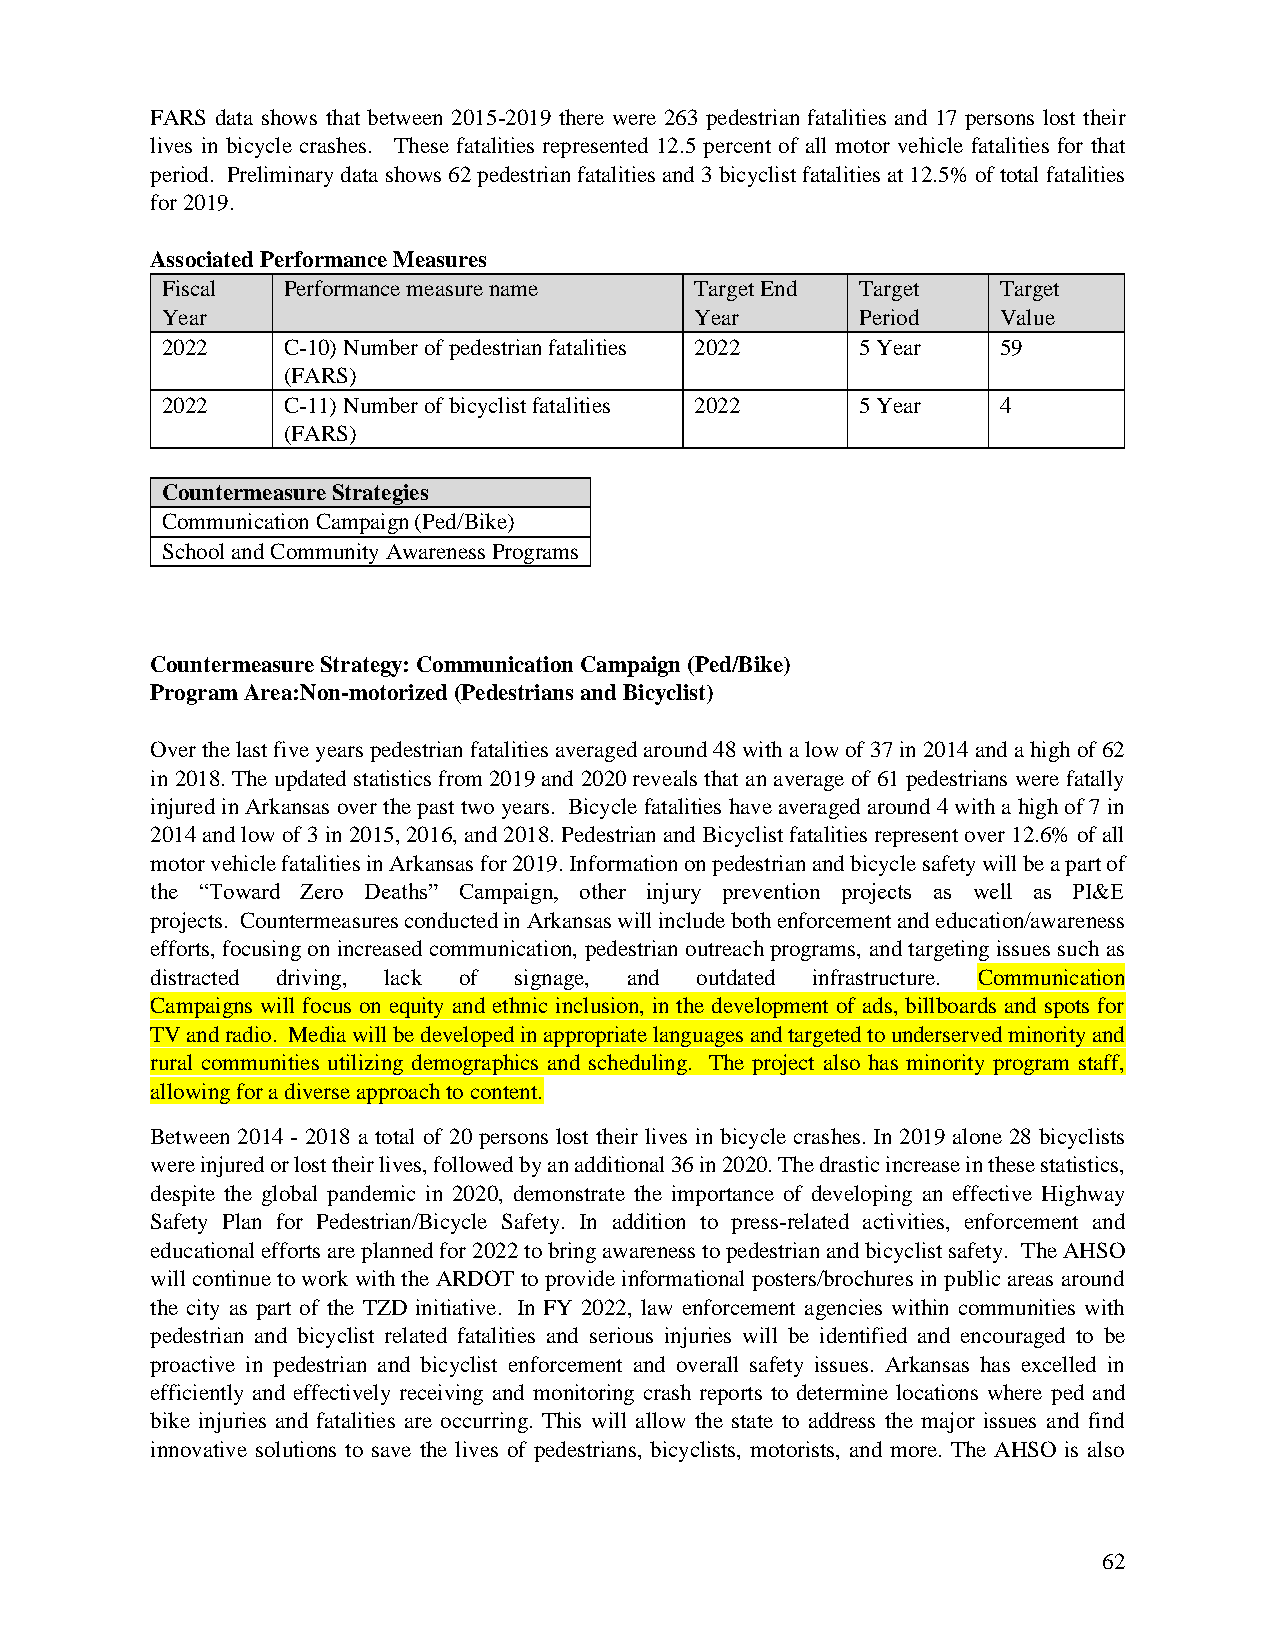
FARS data shows that between 2015-2019 there were 263 pedestrian fatalities and 17 persons lost their
 lives in bicycle crashes. These fatalities represented 12.5 percent of all motor vehicle fatalities for that
 period. Preliminary data shows 62 pedestrian fatalities and 3 bicyclist fatalities at 12.5% of total fatalities
 for 2019.
 Associated Performance Measures
 Fiscal  Performance measure name   Target End Target   Target
 Year                               Year       Period   Value
 2022    C-10) Number of pedestrian fatalities 2022 5 Year 59
 (FARS)
 2022    C-11) Number of bicyclist fatalities 2022 5 Year 4
 (FARS)
 Countermeasure Strategies
 Communication Campaign (Ped/Bike)
 School and Community Awareness Programs
 Countermeasure Strategy: Communication Campaign (Ped/Bike)
 Program Area: Non-motorized (Pedestrians and Bicyclist)
 Over the last five years pedestrian fatalities averaged around 48 with a low of 37 in 2014 and a high of 62
 in 2018. The updated statistics from 2019 and 2020 reveals that an average of 61 pedestrians were fatally
 injured in Arkansas over the past two years. Bicycle fatalities have averaged around 4 with a high of 7 in
 2014 and low of 3 in 2015, 2016, and 2018. Pedestrian and Bicyclist fatalities represent over 12.6% of all
 motor vehicle fatalities in Arkansas for 2019. Information on pedestrian and bicycle safety will be a part of
 the “Toward Zero Deaths” Campaign, other injury prevention projects as well as PI&E
 projects. Countermeasures conducted in Arkansas will include both enforcement and education/awareness
 efforts, focusing on increased communication, pedestrian outreach programs, and targeting issues such as
 distracted driving, lack of signage, and outdated infrastructure. Communication
 Campaigns will focus on equity and ethnic inclusion, in the development of ads, billboards and spots for
 TV and radio. Media will be developed in appropriate languages and targeted to underserved minority and
 rural communities utilizing demographics and scheduling. The project also has minority program staff,
 allowing for a diverse approach to content.
 Between 2014 - 2018 a total of 20 persons lost their lives in bicycle crashes. In 2019 alone 28 bicyclists
 were injured or lost their lives, followed by an additional 36 in 2020. The drastic increase in these statistics,
 despite the global pandemic in 2020, demonstrate the importance of developing an effective Highway
 Safety Plan for Pedestrian/Bicycle Safety. In addition to press-related activities, enforcement and
 educational efforts are planned for 2022 to bring awareness to pedestrian and bicyclist safety. The AHSO
 will continue to work with the ARDOT to provide informational posters/brochures in public areas around
 the city as part of the TZD initiative. In FY 2022, law enforcement agencies within communities with
 pedestrian and bicyclist related fatalities and serious injuries will be identified and encouraged to be
 proactive in pedestrian and bicyclist enforcement and overall safety issues. Arkansas has excelled in
 efficiently and effectively receiving and monitoring crash reports to determine locations where ped and
 bike injuries and fatalities are occurring. This will allow the state to address the major issues and find
 innovative solutions to save the lives of pedestrians, bicyclists, motorists, and more. The AHSO is also
 62